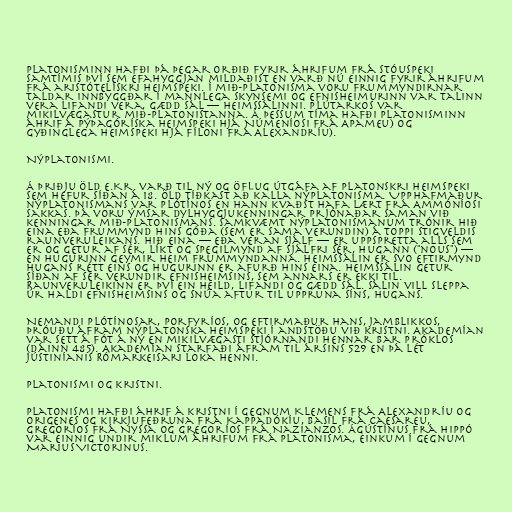
Platonisminn hafði þá þegar orðið fyrir áhrifum frá stóuspeki
samtímis því sem efahyggjan mildaðist en varð nú einnig fyrir áhrifum
frá aristótelískri heimspeki. Í mið-platonisma voru frummyndirnar
taldar innbyggðar í mannlega skynsemi og efnisheimurinn var talinn
vera lifandi vera, gædd sál — heimssálinni. Plútarkos var
mikilvægastur mið-platonistanna. Á þessum tíma hafði platonisminn
áhrif á pýþagóríska heimspeki hjá Númeníosi frá Apameu) og
gyðinglega heimspeki hjá Fíloni frá Alexandríu).

Nýplatonismi.

Á þriðju öld e.Kr. varð til ný og öflug útgáfa af platonskri heimspeki
sem hefur síðan á 18. öld tíðkast að kalla nýplatonisma. Upphafmaður
nýplatonismans var Plótínos en hann kvaðst hafa lært frá Ammóníosi
Sakkas. Þá voru ýmsar dylhyggjukenningar prjónaðar saman við
kenningar mið-platonismans. Samkvæmt nýplatonismanum trónir hið
Eina eða frummynd hins góða (sem er sama verundin) á toppi stigveldis
raunveruleikans. Hið Eina — eða veran sjálf — er uppspretta alls sem
er og getur af sér, líkt og spegilmynd af sjálfri sér, Hugann ("nous") —
en Hugurinn geymir heim frummyndanna. Heimssálin er svo eftirmynd
Hugans rétt eins og Hugurinn er afurð hins Eina. Heimssálin getur
síðan af sér verundir efnisheimsins, sem annars er ekki til.
Raunveruleikinn er því ein heild, lifandi og gædd sál. Sálin vill sleppa
úr haldi efnisheimsins og snúa aftur til uppruna síns, Hugans.

Nemandi Plótínosar, Porfyríos, og eftirmaður hans, Jamblikkos,
þróuðu áfram nýplatonska heimspeki í andstöðu við kristni. Akademían
var sett á fót á ný en mikilvægasti stjórnandi hennar bar Próklos
(dáinn 485). Akademían starfaði áfram til ársins 529 en þá lét
Jústiníanis Rómarkeisari loka henni.

Platonismi og kristni.

Platonismi hafði áhrif á kristni í gegnum Klemens frá Alexandríu og
Origenes og kirkjufeðruna frá Kappadókíu, Basil frá Caesareu,
Gregoríos frá Nyssa og Gregoríos frá Nazianzos. Ágústínus frá Hippó
var einnig undir miklum áhrifum frá platonisma, einkum í gegnum
Marius Victorinus.